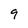
Character: 9